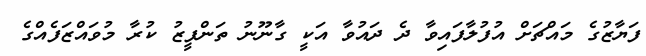
ފަޔާޒުގެ މައްޗަށް އުފުލާފައިވާ ދެ ދައުވާ އަކީ ގާނޫނު ތަންފީޒު ކުރާ މުވައްޒަފެއްގެ